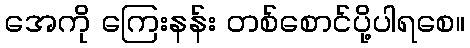
အေကို ကြေးနန်း တစ်စောင်ပို့ပါရစေ။